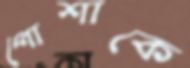
পোশাকে